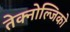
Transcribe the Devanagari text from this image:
तेक्नोल्जिको